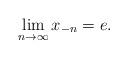
LaTeX: \begin{align*}\lim_{n\to\infty} x_{-n}=e.\end{align*}